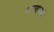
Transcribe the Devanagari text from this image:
राज्यामध्यें